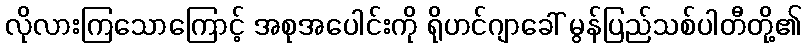
လိုလားကြသောကြောင့် အစုအပေါင်းကို ရိုဟင်ဂျာခေါ် မွန်ပြည်သစ်ပါတီတို့၏